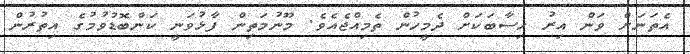
އެތަނަށް ވަން އިރު ހިސާބަކަށް ދެމީހުން ތެމިއްޖެއެވެ. މޫނުމަތިން ފާޅުވަނީ ކަންބޮޑުވުމުގެ އިތުރުން